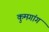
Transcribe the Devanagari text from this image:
कुमगांग